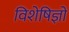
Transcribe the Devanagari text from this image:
विशेषिज्ञों